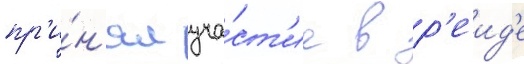
пр'и́н'ял уча́ст'ие в р'еид'е